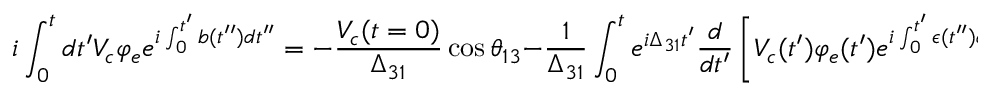
i \int _ { 0 } ^ { t } d t ^ { \prime } V _ { c } \varphi _ { e } e ^ { i \int _ { 0 } ^ { t ^ { \prime } } b ( t ^ { \prime \prime } ) d t ^ { \prime \prime } } = - \frac { V _ { c } ( t = 0 ) } { \Delta _ { 3 1 } } \cos { \theta _ { 1 3 } } - \frac { 1 } { \Delta _ { 3 1 } } \int _ { 0 } ^ { t } e ^ { i \Delta _ { 3 1 } t ^ { \prime } } \frac { d } { d t ^ { \prime } } \left[ V _ { c } ( t ^ { \prime } ) \varphi _ { e } ( t ^ { \prime } ) e ^ { i \int _ { 0 } ^ { t ^ { \prime } } \epsilon ( t ^ { \prime \prime } ) d t ^ { \prime \prime } } \right]